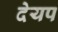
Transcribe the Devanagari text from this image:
देयप